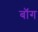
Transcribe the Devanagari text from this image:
बॉग